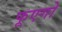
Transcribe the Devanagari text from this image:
फूएगो